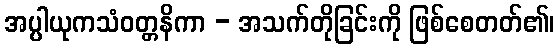
အပ္ပါယုကသံဝတ္တနိကာ - အသက်တိုခြင်းကို ဖြစ်စေတတ်၏၊